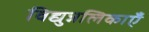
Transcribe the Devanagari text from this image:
विद्युन्नलिकाएँ